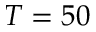
T = 5 0